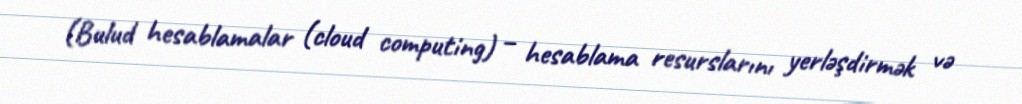
(Bulud hesablamalar (cloud computing) – hesablama resurslarını yerləşdirmək və